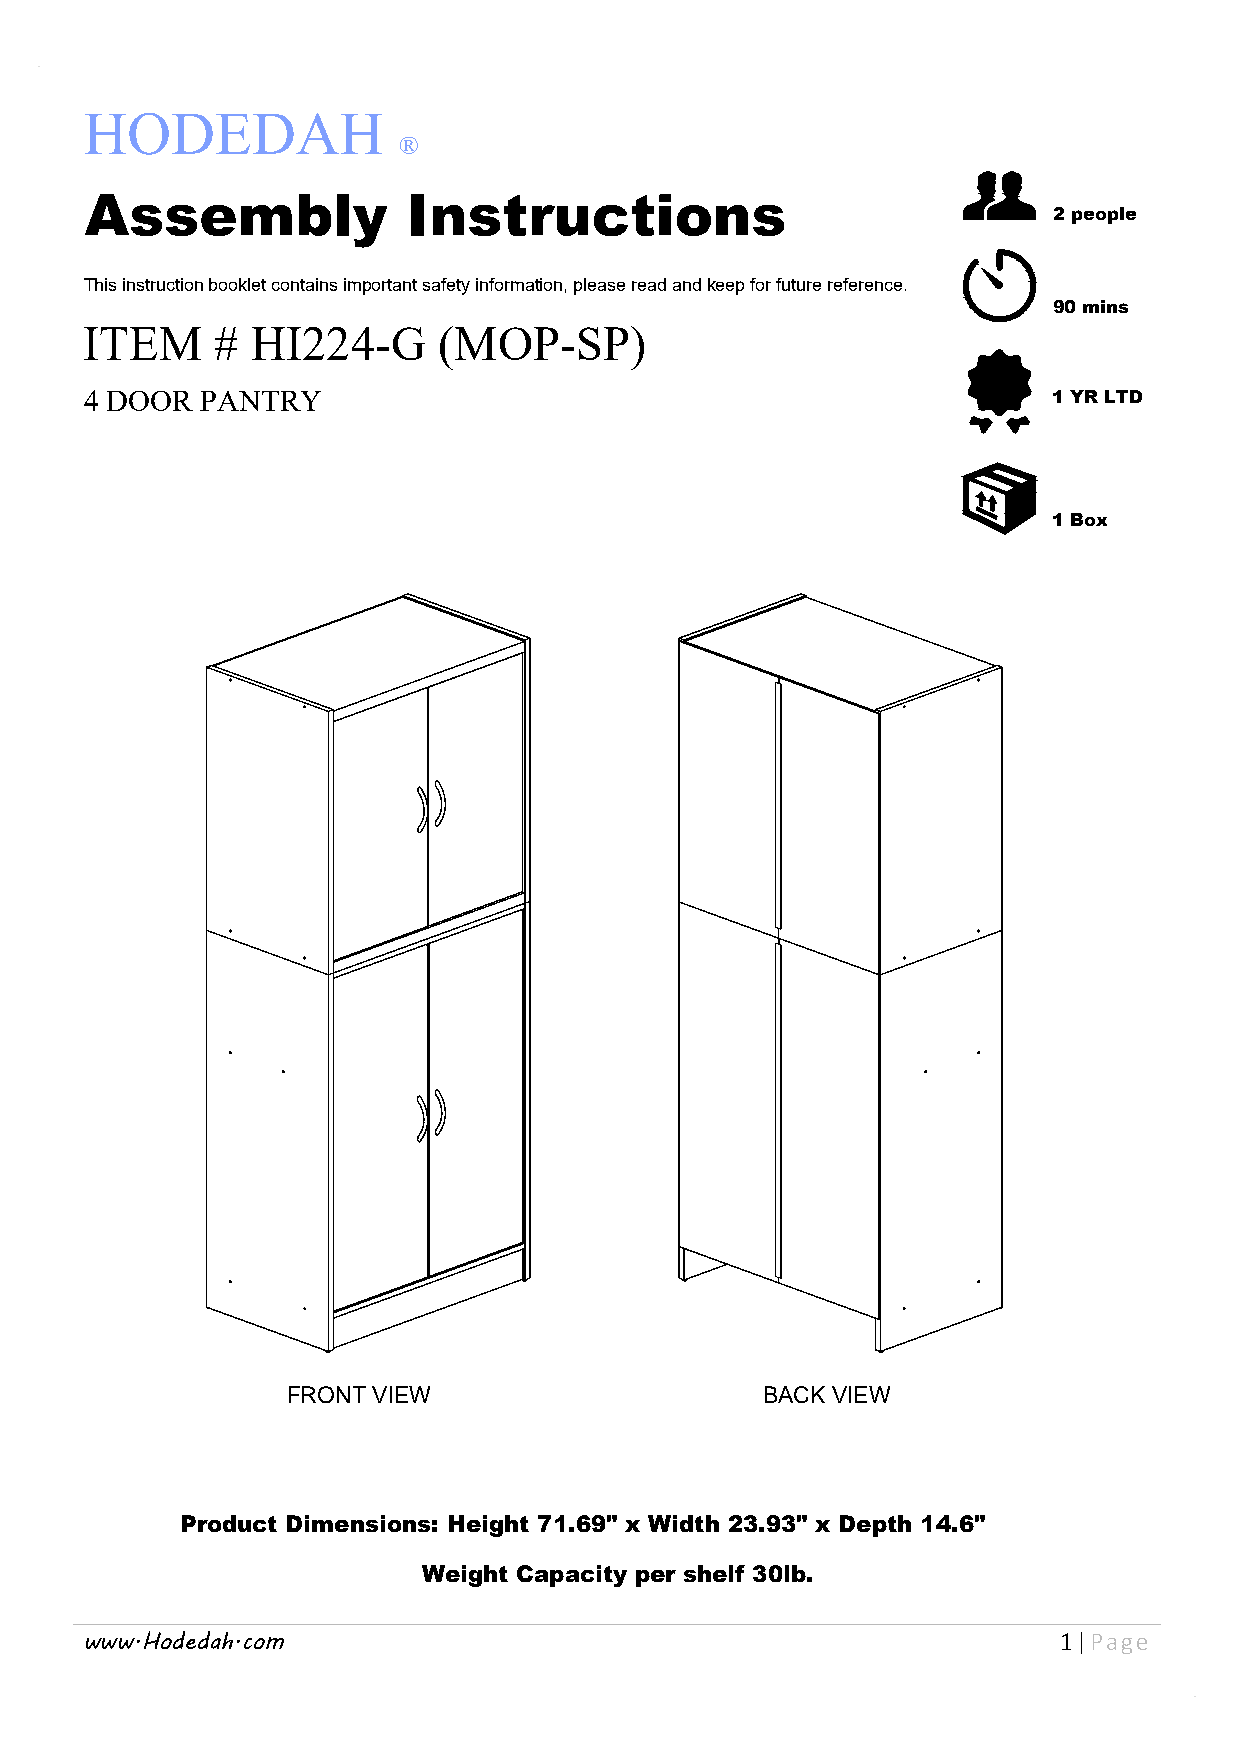
HODEDAH
 ®
 Assembly             Instructions
 2 people
 This instruction booklet contains important safety information, please read and keep for future reference.
 90 mins
 ITEM    #  HI224-G     (MOP-SP)
 4 DOOR PANTRY                                                   1 YR LTD
 1 Box
 FRONT VIEW                     BACK VIEW
 Product Dimensions: Height 71.69" x Width 23.93" x Depth 14.6"
 Weight Capacity per shelf 30lb.
 www.Hodedah.com                                                  1|Page